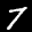
Label: 7